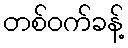
တစ်ဝက်ခန့်